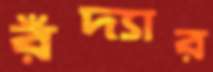
রঁদ্যার